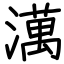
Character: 澫